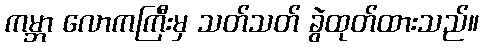
ကမ္ဘာ လောကကြီးမှ သတ်သတ် ခွဲထုတ်ထားသည်။